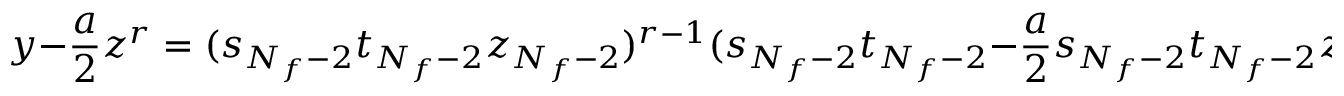
y - \frac { a } { 2 } z ^ { r } = ( s _ { N _ { f } - 2 } t _ { N _ { f } - 2 } z _ { N _ { f } - 2 } ) ^ { r - 1 } ( s _ { N _ { f } - 2 } t _ { N _ { f } - 2 } - \frac { a } { 2 } s _ { N _ { f } - 2 } t _ { N _ { f } - 2 } z _ { N _ { f } - 2 } ) .